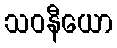
သဝနီယော